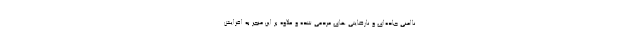
ناامنی جاده‌ای و نارضایتی های مردمی شده و علاوه بر این منجر به افزایش